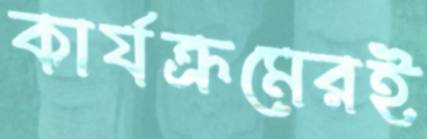
কার্যক্রমেরই